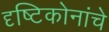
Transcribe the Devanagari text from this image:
दृष्टिकोनांचे